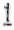
1